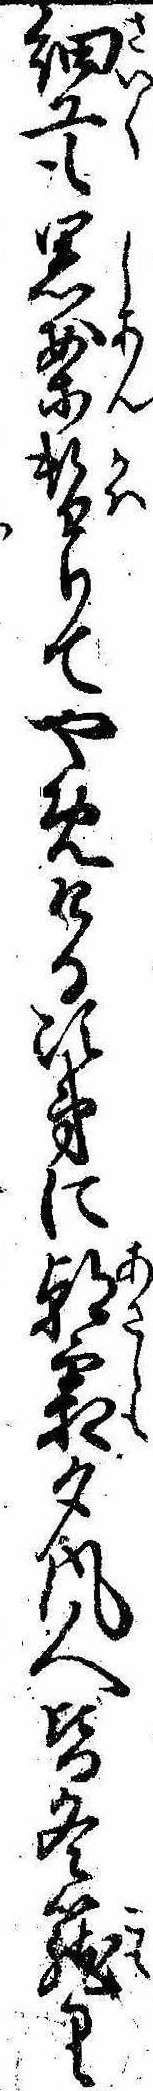
細工も思案替りてやめける次第に朝霜夕風人皆冬篭り